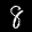
Label: 8